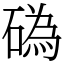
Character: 䃣